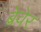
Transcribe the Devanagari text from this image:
ब्रेवेर